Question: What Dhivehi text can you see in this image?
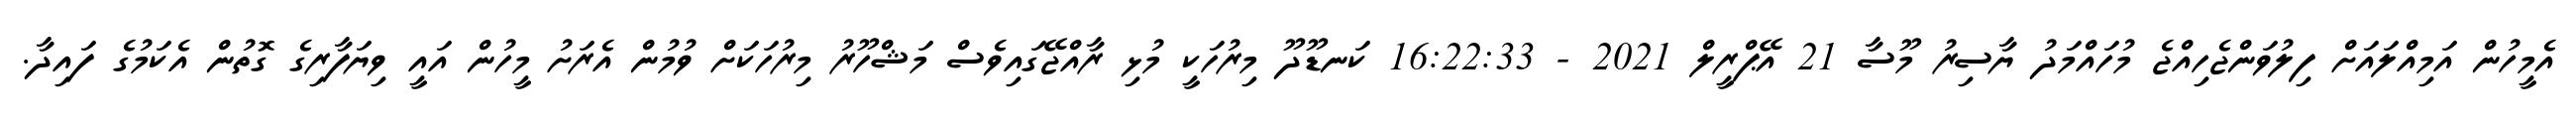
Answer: އެމީހުން އަމިއްލައަށް ފިލުވަންޖެހިއްޖެ މުހައްމަދު ޔާސިރު މޫސާ 21 އޭޕްރީލް 2021 - 16:22:33 ކަނޑޫދޫ މިރުހަކީ މުޅި ރާއްޖޭގައިވެސް މަޝްހޫރު މިރުހަކަށް ވުމުން އެރަށު މީހުން އައީ ވިޔަފާރިގެ ގޮތުން އެކަމުގެ ފައިދާ.